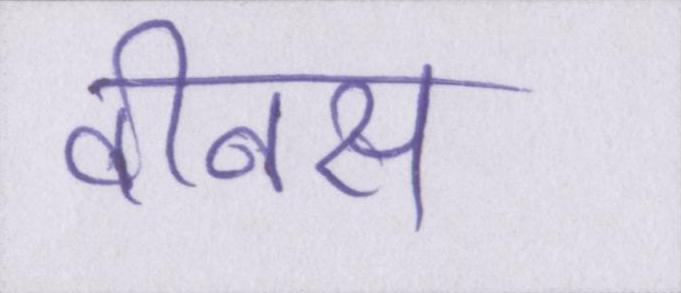
वीनस